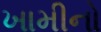
ખામીનો